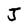
Character: J